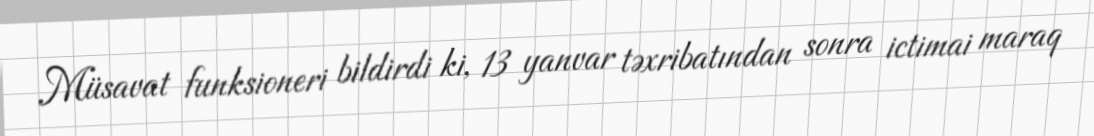
Müsavat funksioneri bildirdi ki, 13 yanvar təxribatından sonra ictimai maraq